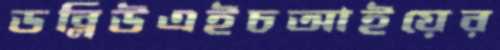
ডব্লিউএইচআইয়ের